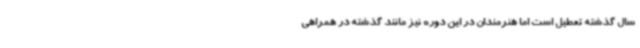
سال گذشته تعطیل است اما هنرمندان در این دوره نیز مانند گذشته در همراهی